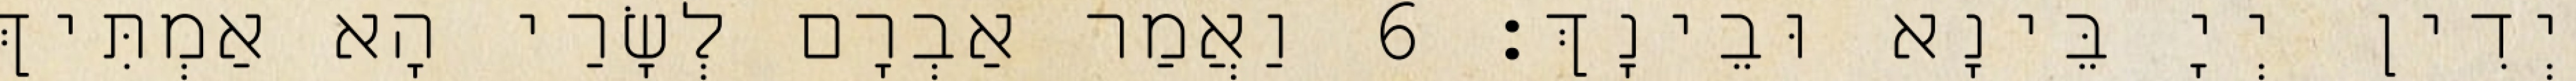
יְדִין יְיָ בֵּינָא וּבֵינָךְ׃ 6 וַאֲמַר אַבְרָם לְשָׂרַי הָא אַמְתִּיךְ